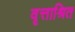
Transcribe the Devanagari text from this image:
वृत्ताश्रित